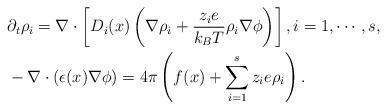
LaTeX: \begin{align*}& \partial_t \rho_i = \nabla\cdot \left [ D_i(x) \left( \nabla \rho_i + \frac{z_ie}{k_BT}\rho_i \nabla \phi \right) \right ], i=1,\cdots, s,\\& -\nabla \cdot(\epsilon(x) \nabla \phi) = 4\pi\left( f(x)+\sum_{i=1}^{s}z_ie\rho_i \right).\end{align*}